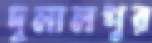
দুলালপুর